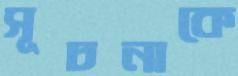
সূচনাকে